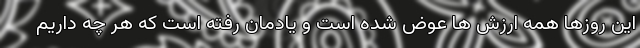
این روزها همه ارزش ها عوض شده است و یادمان رفته است که هر چه داریم